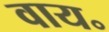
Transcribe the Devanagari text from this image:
वाय॰